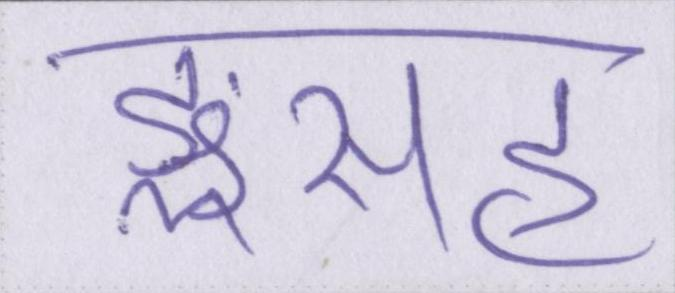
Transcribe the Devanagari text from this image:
ङ्क्षसह